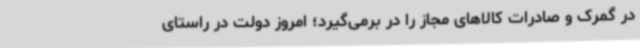
در گمرک و صادرات کالاهای مجاز را در برمی‌گیرد؛ امروز دولت در راستای